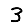
Digit: 3